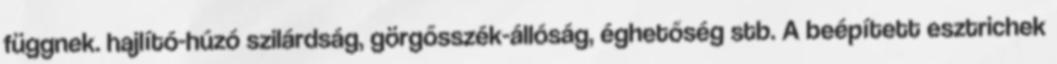
függnek. hajlító-húzó szilárdság, görgősszék-állóság, éghetőség stb. A beépített esztrichek